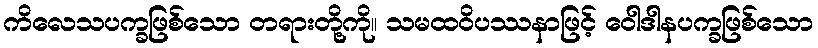
ကိလေသပက္ခဖြစ်သော တရားတို့ကို။ သမထဝိပဿနာဖြင့် ဝေါဒါနပက္ခဖြစ်သော